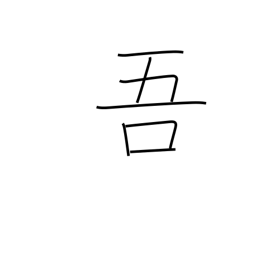
Meaning: my